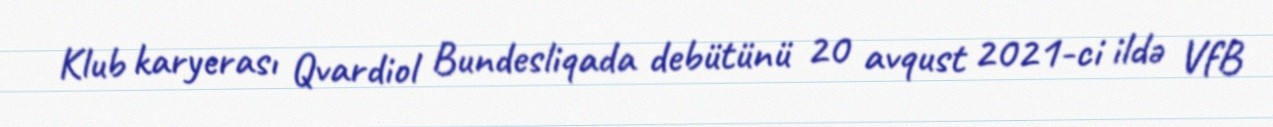
Klub karyerası Qvardiol Bundesliqada debütünü 20 avqust 2021-ci ildə VfB